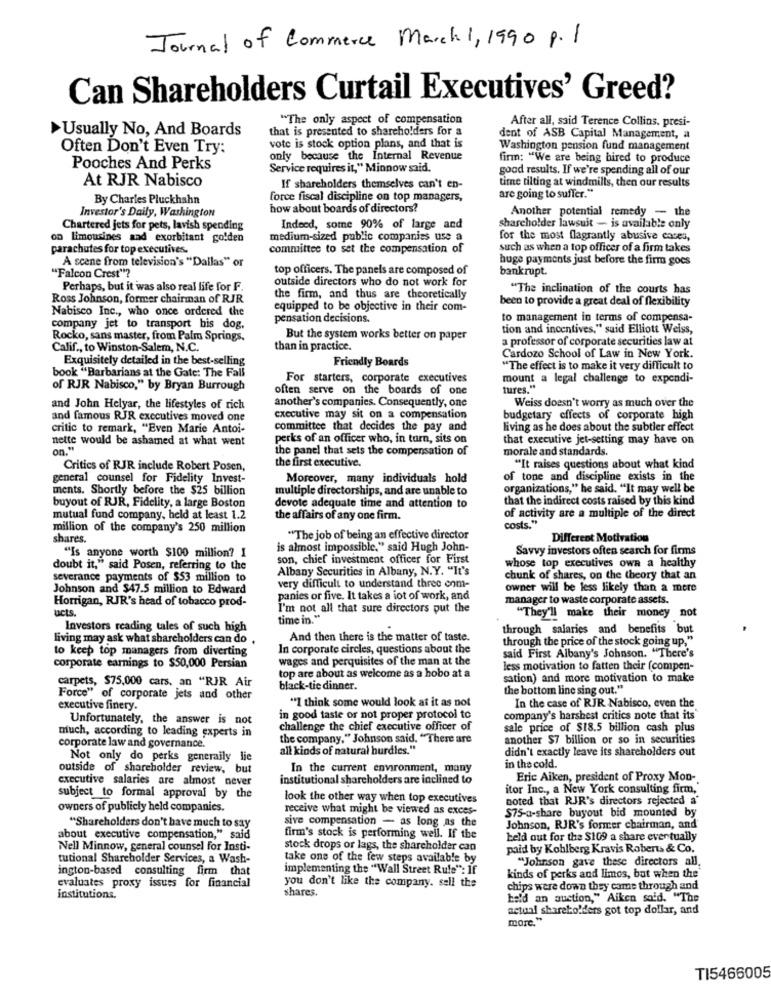
Journal of Commerce March1, 1990 p.1
Can Shareholders Curtail Executives' Greed?
"The only aspect of compensation
After all, said Terence Collins, presi-
Usually No, And Boards
that is presented to shareholders for a
dent of ASB Capital Management, a
Often Don't Even Try:
vote is stock option plans, and that is
Washington pension fund management
only because the Internal Revenue
firm: "We are being hired to produce
Pooches And Perks
Service requires it," Minnow said.
good results. If we're spending all of our
At RJR Nabisco
time tilting at windmills, then our results
If shareholders themselves can't en-
By Charles Pluckhahn
force fiscal discipline on top managers,
are going to suffer."
Investor's Daily, Washington
how about boards of directors?
Another potential remedy - the
Chartered jets for pets, lavish spending
Indeed, some 90% of large and
shareholder lawsuit - is available only
on limousines aad exorbitant golden
medium-sized public companies use a
for the most flagrantly abusive caces,
parachutes for top executives.
committee to set the compensation of
such as when a top officer of a firm takes
A scene from television's "Dallas" or
huge payments just before the firm goes
top officers. The panels are composed of
bankrupt.
"Falcon Crest"?
outside directors who do not work for
Perhaps, but it was also real life for F.
"The inclination of the courts has
Ross Johnson, former chairman of RJR
the firm, and thus are theoretically
been to provide a great deal of flexibility
Nabisco Inc ., who once ordered the
equipped to be objective in their com-
pensation decisions.
to management in terms of compensa-
company jet to transport bis dog,
tion and incentives," said Elliott Weiss,
Rocko, sans master, from Palm Springs.
But the system works better on paper
a professor of corporate securities law at
Calif ., to Winston-Salem, N.C.
than in practice.
Exquisitely detailed in the best-selling
Friendly Boards
Cardozo School of Law in New York.
book "Barbarians at the Gate: The Fall
"The effect is to make it very difficult to
For starters, corporate executives
mount a legal challenge to expendi-
of RJR Nabisco," by Bryan Burrough
often serve on the boards of one
tures."
another's companies. Consequently, one
Weiss doesn't worry as much over the
and John Helyar, the lifestyles of rich
and famous RJR executives moved one
executive may sit on a compensation
budgetary effects of corporate high
critic to remark, "Even Marie Antoi-
committee that decides the pay and
living as he does about the subtler effect
nette would be ashamed at what went
perks of an officer who, in turn, sits on
that executive jet-setting may have on
on.“
the panel that sets the compensation of
morale and standards.
Critics of RJR include Robert Posen,
the first executive.
"It raises questions about what kind
general counsel for Fidelity Invest-
Moreover, many individuals hold
of tone and discipline exists in the
ments. Shortly before the $25 billion
multiple directorships, and are unable to
organizations," he said. "It may well be
that the indirect costs raised by this kind
buyout of RJR, Fidelity, a large Boston
devote adequate time and attention to
of activity are a multiple of the direct
mutual fund company, held at least 1.2
the affairs of any one firm.
million of the company's 250 million
costs."
shares.
"The job of being an effective director
Different Motivation
is almost impossible," said Hugh John-
Savvy investors often search for firms
"Is anyone worth $100 million? I
son, chief investment officer for First
whose top executives own a healthy
doubt it," said Posen, referring to the
Albany Securities in Albany, N.Y. "It's
severance payments of $53 million to
chunk of shares, on the theory that an
Johnson and $47.5 million to Edward
very difficult to understand three com-
owner will be less likely than a more
Horrigan, RJR's head of tobacco prod-
panies or five. It takes a lot of work, and
manager to waste corporate assets.
ucts.
I'm not all that sure directors put the
time in."
"They'll make their money not
Investors reading tales of such high
through salaries and benefits but
living may ask what shareholders can do .
And then there is the matter of taste.
through the price of the stock going up,"
to keep top managers from diverting
In corporate circles, questions about the
said First Albany's Johnson. "There's
wages and perquisites of the man at the
corporate earnings to $50,000 Persian
less motivation to fatten their (compen-
carpets, $75,000 cars. an "RJR Air
top are about as welcome as a hobo at a
sation) and more motivation to make
black-tie dinner.
the bottom line sing out."
Force" of corporate jets and other
executive finery.
"I think some would look at it as not
In the case of RJR Nabisco, even the
Unfortunately, the answer is not
in good taste or not proper protocol to
company's harshest critics note that its
challenge the chief executive officer of
sale price of $18.5 billion cash plus
much, according to leading experts in
the company." Johnson said. "There are
another $7 billion or so in securities
corporate law and governance.
all kinds of natural hurdles."
didn't exactly leave its shareholders out
Not only do perks generaily lie
in the cold.
outside of shareholder review, but
In the current environment, many
executive salaries are almost never
institutional shareholders are inclined to
Eric Aiken, president of Proxy Mon-
itor Inc ., a New York consulting firm,"
subject to formal approval by the
look the other way when top executives
noted that RJR's directors rejected a'
owners of publicly held companies.
receive what might be viewed as exces-
$75-a-share buyout bid mounted by
sive compensation - as long as the
"Shareholders don't have much to say
Johnson, RJR's former chairman, and
about executive compensation," said
firm's stock is performing well. If the
keld out for the $109 a share ever tually
Nell Minnow, general counsel for Insti-
stock drops or lags, the shareholder can
paid by Kohlberg Kravis Roberts & Co.
tutional Shareholder Services, a Wash-
take one of the few steps available by
"Johnson gave these directors all.
ington-based consulting firm that
implementing the "Wall Street Rule": If
evaluates proxy issues for financial
kinds of perks and limos, but when the
you don't like the company. sell the
shares.
chips were down they came through and
institutions.
bald an auction," Aiken said. "The
actual shareholders got top dollar, and
more."
TI5466005